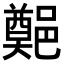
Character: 𨞀